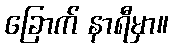
ခြောက် နာရီမှာ။